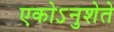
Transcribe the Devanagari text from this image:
एकोऽनुशेते